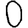
Digit: 0